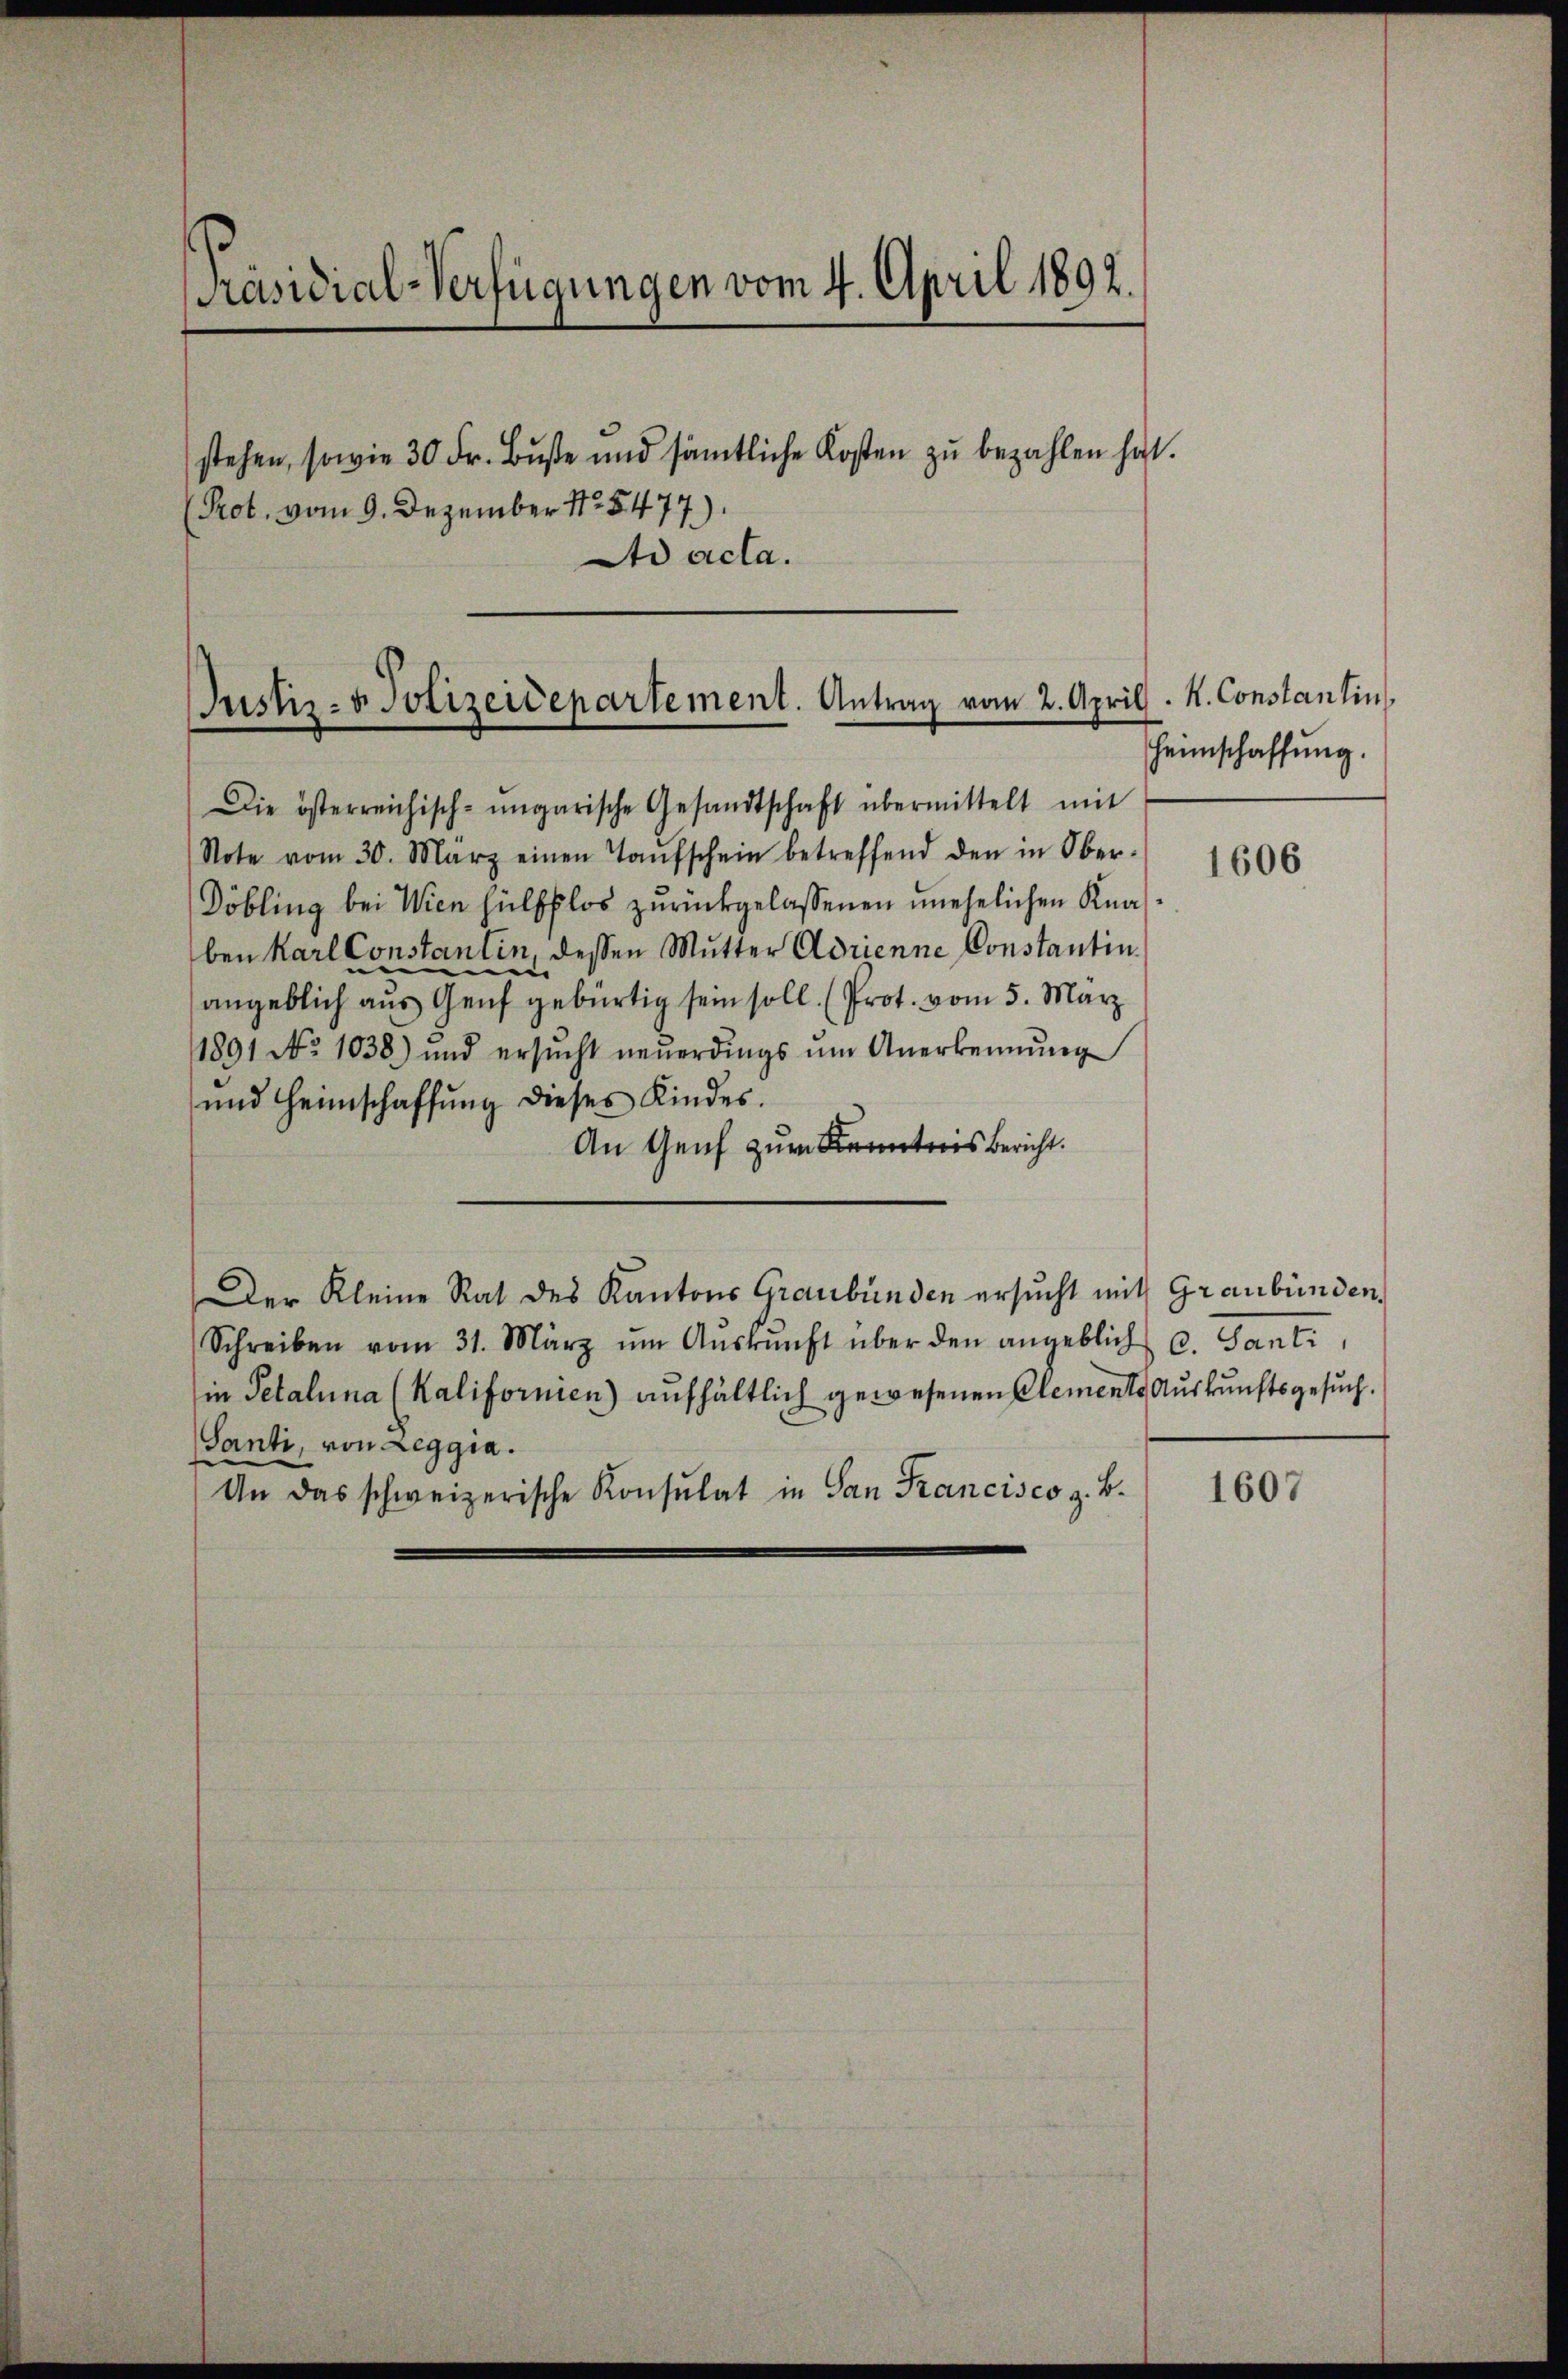
Präsidial-Verfügungen vom 4. April 1892.
stehen, sowie 30 Fr. Buße und sämtliche Kosten zu bezahlen hat.

Prot. vom 9. Dezember No 5477).
Ad acta.

Justiz- & Polizeidepartement. Antrag vom 2. April. K. Constantin.

Die österreichisch-ungarische Gesandtschaft übermittelt mit
Note vom 30. März einen Taŭfschein betreffend den in Ober-
Döbling bei Wien hülflos zurückgelassenen unehelichen Knaben Karl Constantin, dessen Mutter Adrienne Constantin,
e
angeblich aus Genf gebürtig sein soll. (Prot. vom 5. März
1891 No 1038) und ersŭcht neŭerdings ŭm Anerkennung
und Heimschaffŭng dieses Kindes.
An Genf zum Kenntnis Bericht.
Der Kleine Rat des Kantons Graubünden ersucht mit Graubünden
Schreiben vom 31. März ŭm Aŭskŭnft über den angeblich C. Santi,
in Petalina (Kalifornien) aufhältlich gewesenen Clements Auskunftsgesuch.
Santi, von Leggia.
An das schweizerische Konsulat in San Francisco z. B.

Heimschaffung.

1606

1607